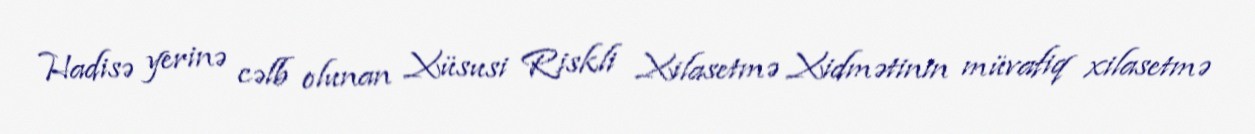
Hadisə yerinə cəlb olunan Xüsusi Riskli Xilasetmə Xidmətinin müvafiq xilasetmə